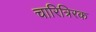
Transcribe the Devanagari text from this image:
चारित्रिरक